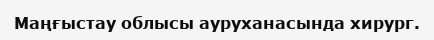
Маңғыстау облысы ауруханасында хирург.